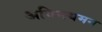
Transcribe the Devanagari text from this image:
अविनयमन